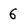
Character: 6